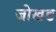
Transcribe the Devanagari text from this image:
जोखड